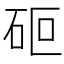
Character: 𮀏